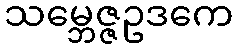
သမ္ဘေဇ္ဇဥဒကေ